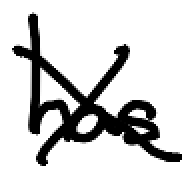
Text: has
Cross-out: cross
Writing tool: digital_black